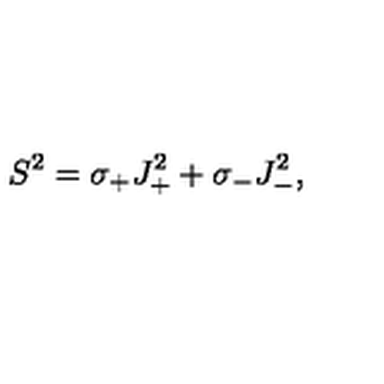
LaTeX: S ^ { 2 } = \sigma _ { + } J _ { + } ^ { 2 } + \sigma _ { - } J _ { - } ^ { 2 } ,